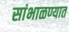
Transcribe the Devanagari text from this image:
सांभाळण्यात